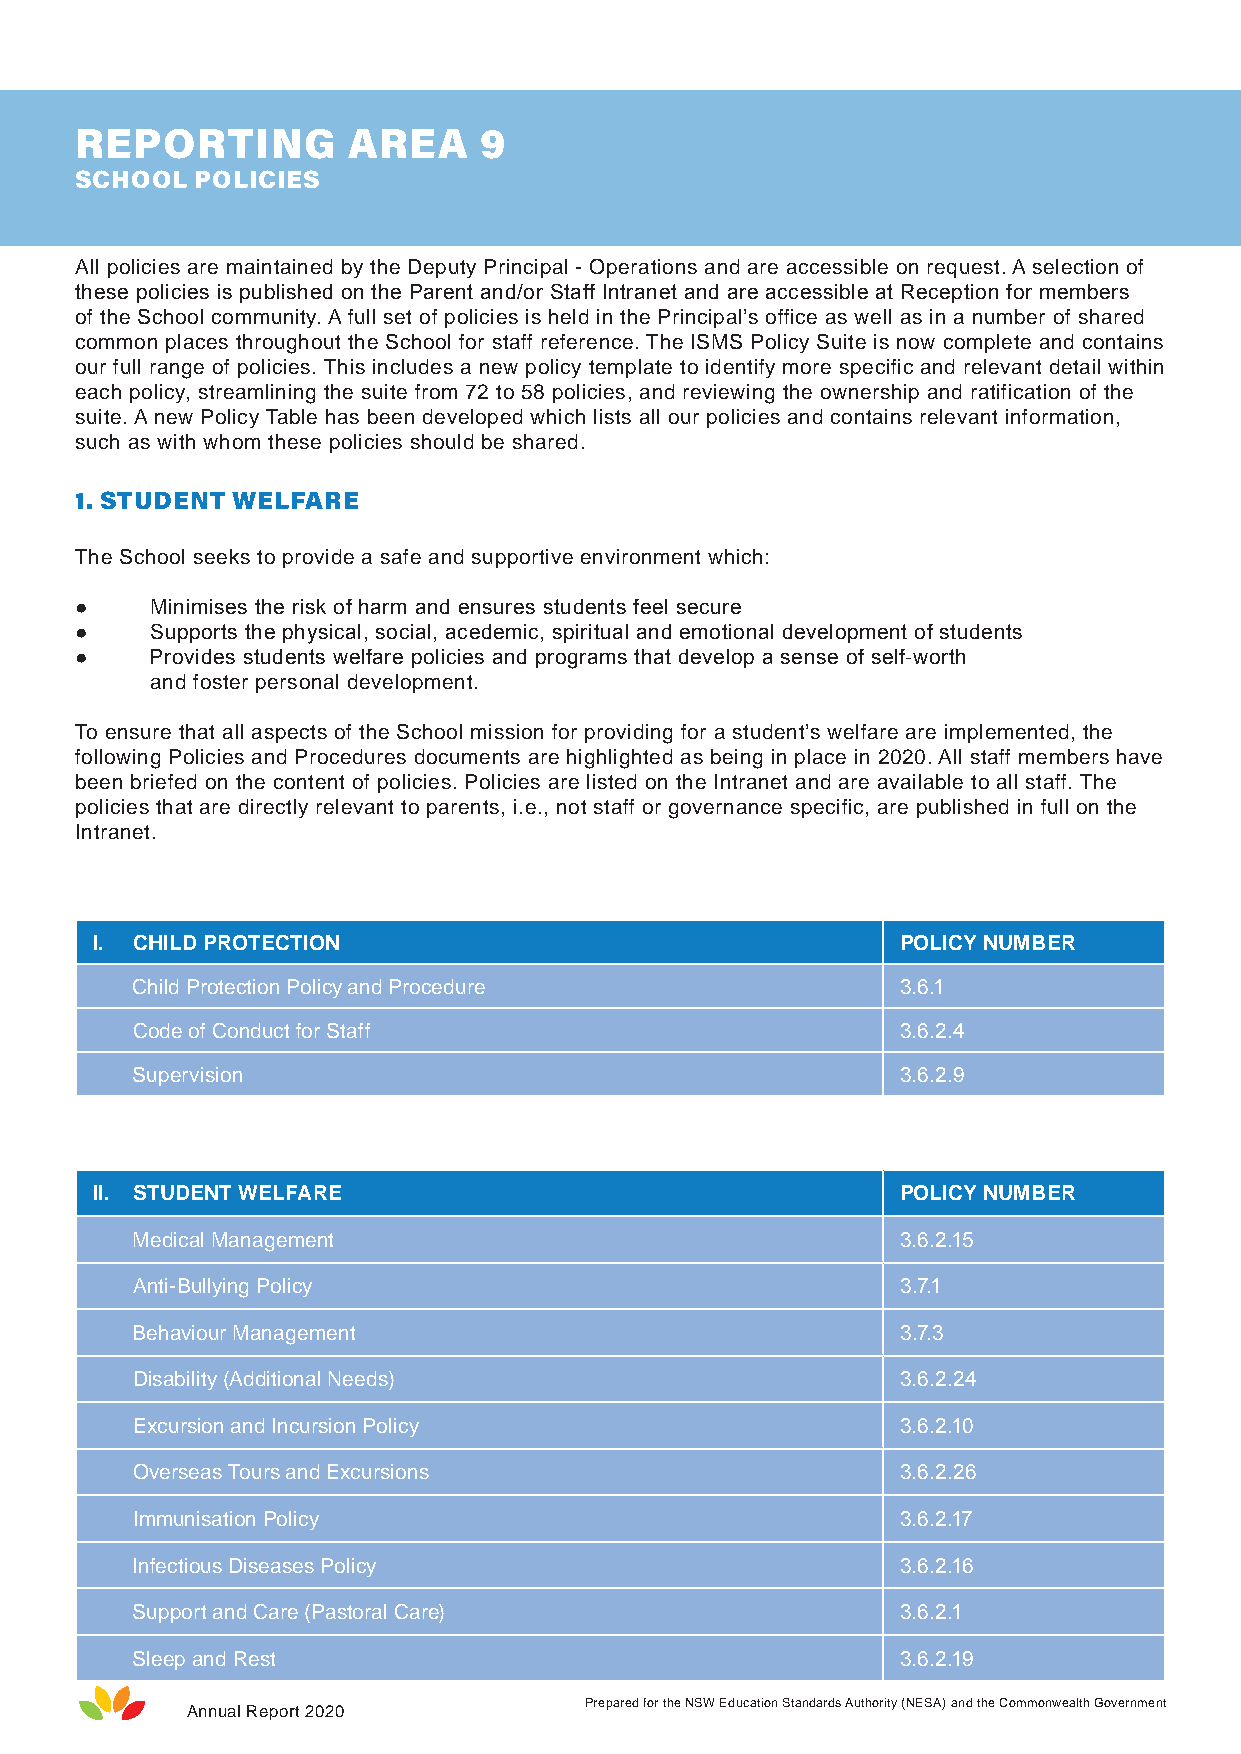
REPORTING         AREA     9
 SCHOOL  POLICIES
 All policies are maintained by the Deputy Principal - Operations and are accessible on request. A selection of
 these policies is published on the Parent and/or Staff Intranet and are accessible at Reception for members
 of the School community. A full set of policies is held in the Principal’s office as well as in a number of shared
 common places throughout the School for staff reference. The ISMS Policy Suite is now complete and contains
 our full range of policies. This includes a new policy template to identify more specific and relevant detail within
 each policy, streamlining the suite from 72 to 58 policies, and reviewing the ownership and ratification of the
 suite. A new Policy Table has been developed which lists all our policies and contains relevant information,
 such as with whom these policies should be shared.
 1. STUDENT WELFARE
 The School seeks to provide a safe and supportive environment which:
 ●    Minimises the risk of harm and ensures students feel secure
 ●    Supports the physical, social, acedemic, spiritual and emotional development of students
 ●    Provides students welfare policies and programs that develop a sense of self-worth
 and foster personal development.
 To ensure that all aspects of the School mission for providing for a student’s welfare are implemented, the
 following Policies and Procedures documents are highlighted as being in place in 2020. All staff members have
 been briefed on the content of policies. Policies are listed on the Intranet and are available to all staff. The
 policies that are directly relevant to parents, i.e., not staff or governance specific, are published in full on the
 Intranet.
 I. CHILD PROTECTION                                   POLICY NUMBER
 Child Protection Policy and Procedure              3.6.1
 Code of Conduct for Staff                          3.6.2.4
 Supervision                                        3.6.2.9
 II. STUDENT WELFARE                                   POLICY NUMBER
 Medical Management                                 3.6.2.15
 Anti-Bullying Policy                               3.7.1
 Behaviour Management                               3.7.3
 Disability (Additional Needs)                      3.6.2.24
 Excursion and Incursion Policy                     3.6.2.10
 Overseas Tours and Excursions                      3.6.2.26
 Immunisation Policy                                3.6.2.17
 Infectious Diseases Policy                         3.6.2.16
 Support and Care (Pastoral Care)                   3.6.2.1
 Sleep and Rest                                     3.6.2.19
 Prepared for the NSW Education Standards Authority (NESA) and the Commonwealth Government
 Annual Report 2020